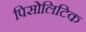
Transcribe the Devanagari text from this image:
पिसोलिटिक